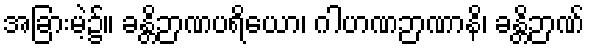
အခြားမဲ့၌။ ခန္တိဉာဏပရိယော၊ ဂါဟဏဉာဏာနိ၊ ခန္တိဉာဏ်